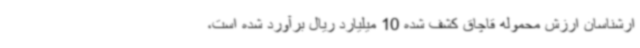
ارشناسان ارزش محموله قاچاق کشف شده 10 میلیارد ریال برآورد شده است،